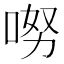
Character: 𠴂